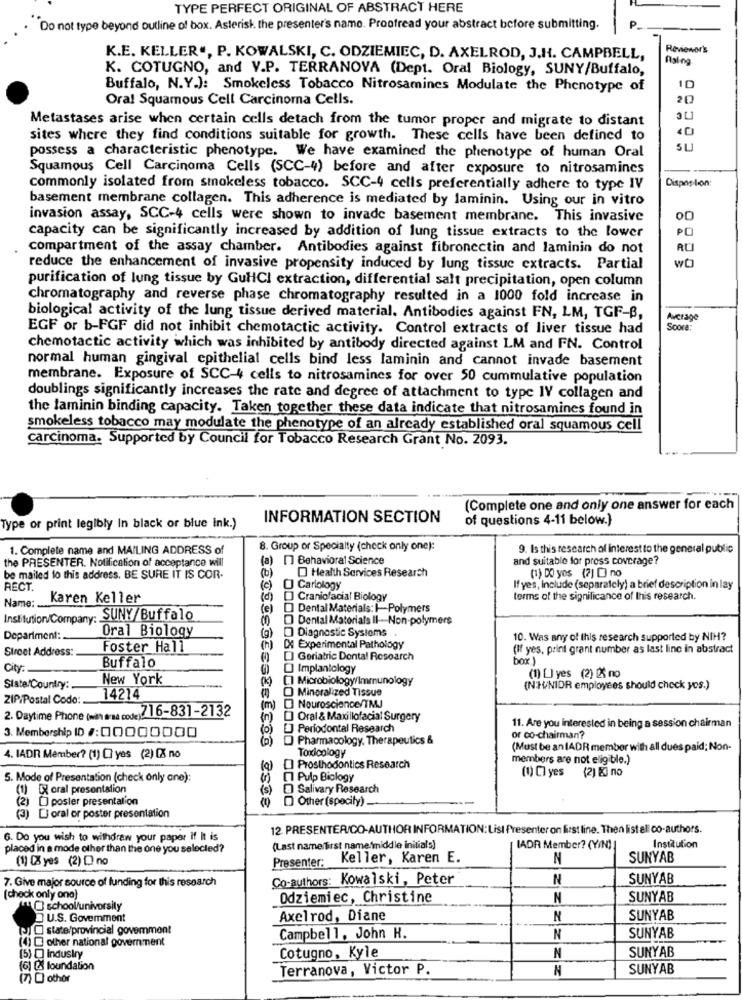
TYPE PERFECT ORIGINAL OF ABSTRACT HERE
Do not type beyond outline of box. Asterisk the presenter's name. Proofread your abstract before submitting.
Reviewer's
K.E. KELLER ., P. KOWALSKI, C. ODZIEMIEC, D. AXELROD, J.H. CAMPBELL,
K. COTUGNO, and V.P. TERRANOVA (Dept. Oral Biology, SUNY/Buffalo,
Buffalo, N.Y.): Smokeless Tobacco Nitrosamines Modulate the Phenotype of
10
Oral Squamous Cell Carcinoma Cells.
20
Metastases arise when certain cells detach from the tumor proper and migrate to distant
40
sites where they find conditions suitable for growth. These cells have been defined to
SL
possess a characteristic phenotype. We have examined the phenotype of human Oral
Squamous Cell Carcinoma Cells (SCC-4) before and after exposure to nitrosamines
Dispoplon:
commonly isolated from smokeless tobacco. SCC-4 cells preferentially adhere to type IV
basement membrane collagen. This adherence is mediated by laminin. Using our in vitro
invasion assay, SCC-4 cells were shown to invade basement membrane. This invasive
PO
capacity can be significantly increased by addition of lung tissue extracts to the lower
compartment of the assay chamber. Antibodies against fibronectin and laminin do not
wO
reduce the enhancement of invasive propensity induced by lung tissue extracts. Partial
purification of lung tissue by GuHCl extraction, differential salt precipitation, open column
chromatography and reverse phase chromatography resulted in a 1000 fold increase in
biological activity of the lung tissue derived material. Antibodies against FN, LM, TGF-B,
Average
EGF or b-FGF did not inhibit chemotactic activity. Control extracts of liver tissue had
Soore
chemotactic activity which was inhibited by antibody directed against LM and FN. Control
normal human gingival epithelial cells bind less laminin and cannot invade basement
membrane. Exposure of SCC-4 cells to nitrosamines for over 50 cummulative population
doublings significantly increases the rate and degree of attachment to type IV collagen and
the laminin binding capacity. Taken together these data indicate that nitrosamines found in
smokeless tobacco may modulate the phenotype of an already established oral squamous cell
carcinoma. Supported by Council for Tobacco Research Grant No. 2093.
(Complete one and only one answer for each
INFORMATION SECTION
of questions 4-11 below.)
Type or print legibly In black or blue ink.)
1. Complete name and MAILING ADDRESS of
8. Group or Specialty (check only one):
9. Is this research of interest to the general public
)] Behavioral Science
and suitable for press coverage?
the PRESENTER. Notification of acceptance will
(0)
Health Services Research
(1) DO yes (7] [] no
be mailed lo this address. BE SURE IT IS COR-
RECT.
(c)
O Carlology
If yes, Include (separately) a brief description in lay
Karen Keller
(d)
D Craniofacial Biology
terms of the significance of this research.
Name :.
(e)
Dental Materials: I-Polymers
Institution/Company: SUNY/Buffalo
Dental Materials Il- Non-polymers
Oral Biology
Diagnostic Systems
Department :.
(g)
10. Was any of this research supported by NIH?
Street Address:
Foster Hall
DX Experimental Pathology
(If yes, print grant number as last line in abstract
[] Geriatric Dontal Research
box )
City:
Buffalo
O Implantology
New York
[] Microbiology/Immunology
(1) [] yes (2) & no
Siste/Country:
O Mineralized Tissue
(N.H/NIDR employees should check yos.)
ZIP/Postal Codo :.
14214
2. Daytime Phone (with ersa code) 216-831-2132
(m) D Nouroscience/TMJ
(n)
DJ Oral & Maxillofacial Surgery
11. Are you Interested in being a session chairman
[] Periodontal Research
3. Membership 10 /:00000000
Pharmacology. Therapeutics &
or co-chairman?
Toxicology
(Must be an IADR member with all dues paid; Non-
4. IADR Member? (1) CI yes (2) [% no
members are not eligible.)
Prosthodontics Research
(1) C] yes (2) E) no
5. Mode of Presentation (check only one):
17 Pulp Biology
(1) [X oral presentation
@ Salivary Research
(9) Other (specify).
(2) O poster presentation
(3) Di oral or poster presentation
12 PRESENTER/CO-AUTHOR INFORMATION:List Presenter on first line. Then listell co-authors.
6. Do you wish to withdraw your paper If it is
placed in a mode other than the one you selected?
(Last name/first name'middle initials)
IADR Member? (YIN)
Institution
(1) 0% yes (2) D no
Presenter:
Keller, Karen E.
N
SUNYAB
7. Give major source of funding for this research
Co-authors: Kowalski, Peter
N
SUNYAB
(check only ono}
Odziemiec, Christine
N
SUNYAB
Lu school/university
U.S. Government
Axelrod, Diane
N
SUNYAB
JO state/provincial govemment
(4) O other national government
Campbell, John H.
N
SUNYAB
SUNYAB
(5) [] industry
Cotugno, Kyle
N
(6) & foundation
Terranova, Victor P.
N
SUNYAB
(7) O othor